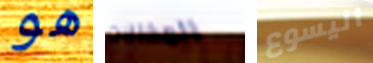
هو المخللات اليسوع